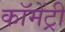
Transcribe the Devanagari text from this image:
कॉमेंट्री